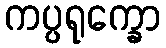
ကပ္ပရုက္ခော